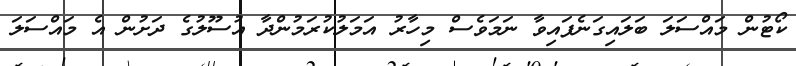
ކޯޓުން މައްސަލަ ބަލައިގަނެފައިވާ ނަމަވެސް މިހާރު އަމަލުކުރަމުންދާ އުސޫލުގެ ދަށުން އެ މައްސަލަ